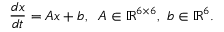
\frac { d x } { d t } = A x + b , \; \; A \in \mathbb { R } ^ { 6 \times 6 } , \; b \in \mathbb { R } ^ { 6 } .